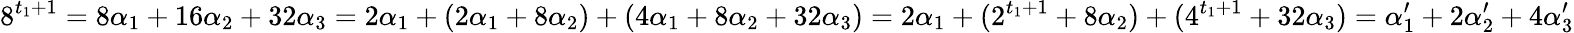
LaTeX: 8^{t_{1}+1}=8\alpha_{1}+16\alpha_{2}+32\alpha_{3}=2\alpha_{1}+(2\alpha_{1}+8\alpha_{2})+(4\alpha_{1}+8\alpha_{2}+32\alpha_{3})=2\alpha_{1}+(2^{t_{1}+1}+8\alpha_{2})+(4^{t_{1}+1}+32\alpha_{3})=\alpha_{1}^{\prime}+2\alpha_{2}^{\prime}+4\alpha_{3}^{\prime}